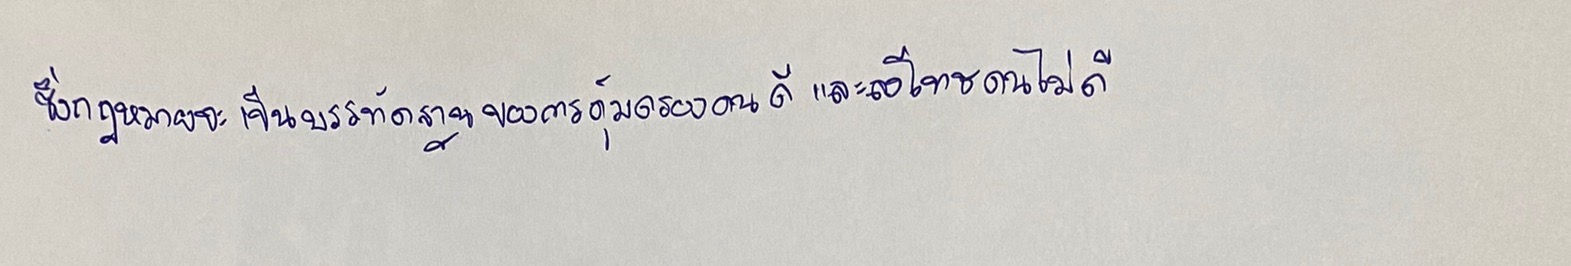
ซึ่งกฎหมายจะเป็นบรรทัดฐานของการคุ้มครองคนดีและลงโทษคนไม่ดี